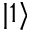
| 1 \rangle